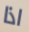
اذا